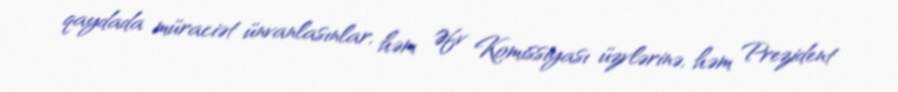
qaydada müraciət ünvanlasınlar, həm Əfv Komissiyası üzvlərinə, həm Prezident